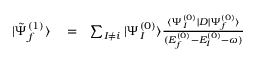
\begin{array} { r l r } { | \tilde { \Psi } _ { f } ^ { ( 1 ) } \rangle } & { { } = } & { \sum _ { I \ne i } | \Psi _ { I } ^ { ( 0 ) } \rangle \frac { \langle \Psi _ { I } ^ { ( 0 ) } | D | \Psi _ { f } ^ { ( 0 ) } \rangle } { ( E _ { f } ^ { ( 0 ) } - E _ { I } ^ { ( 0 ) } - \omega ) } } \end{array}